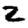
Digit: 2